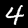
Label: 4